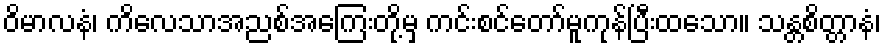
ဝိမာလနံ၊ ကိလေသာအညစ်အကြေးတို့မှ ကင်းစင်တော်မူကုန်ပြီးထသော။ သန္တစိတ္တာနံ၊